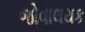
જોવાલયક